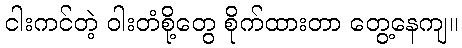
ငါးကင်တဲ့ ဝါးတံစို့တွေ စိုက်ထားတာ တွေ့နေကျ။